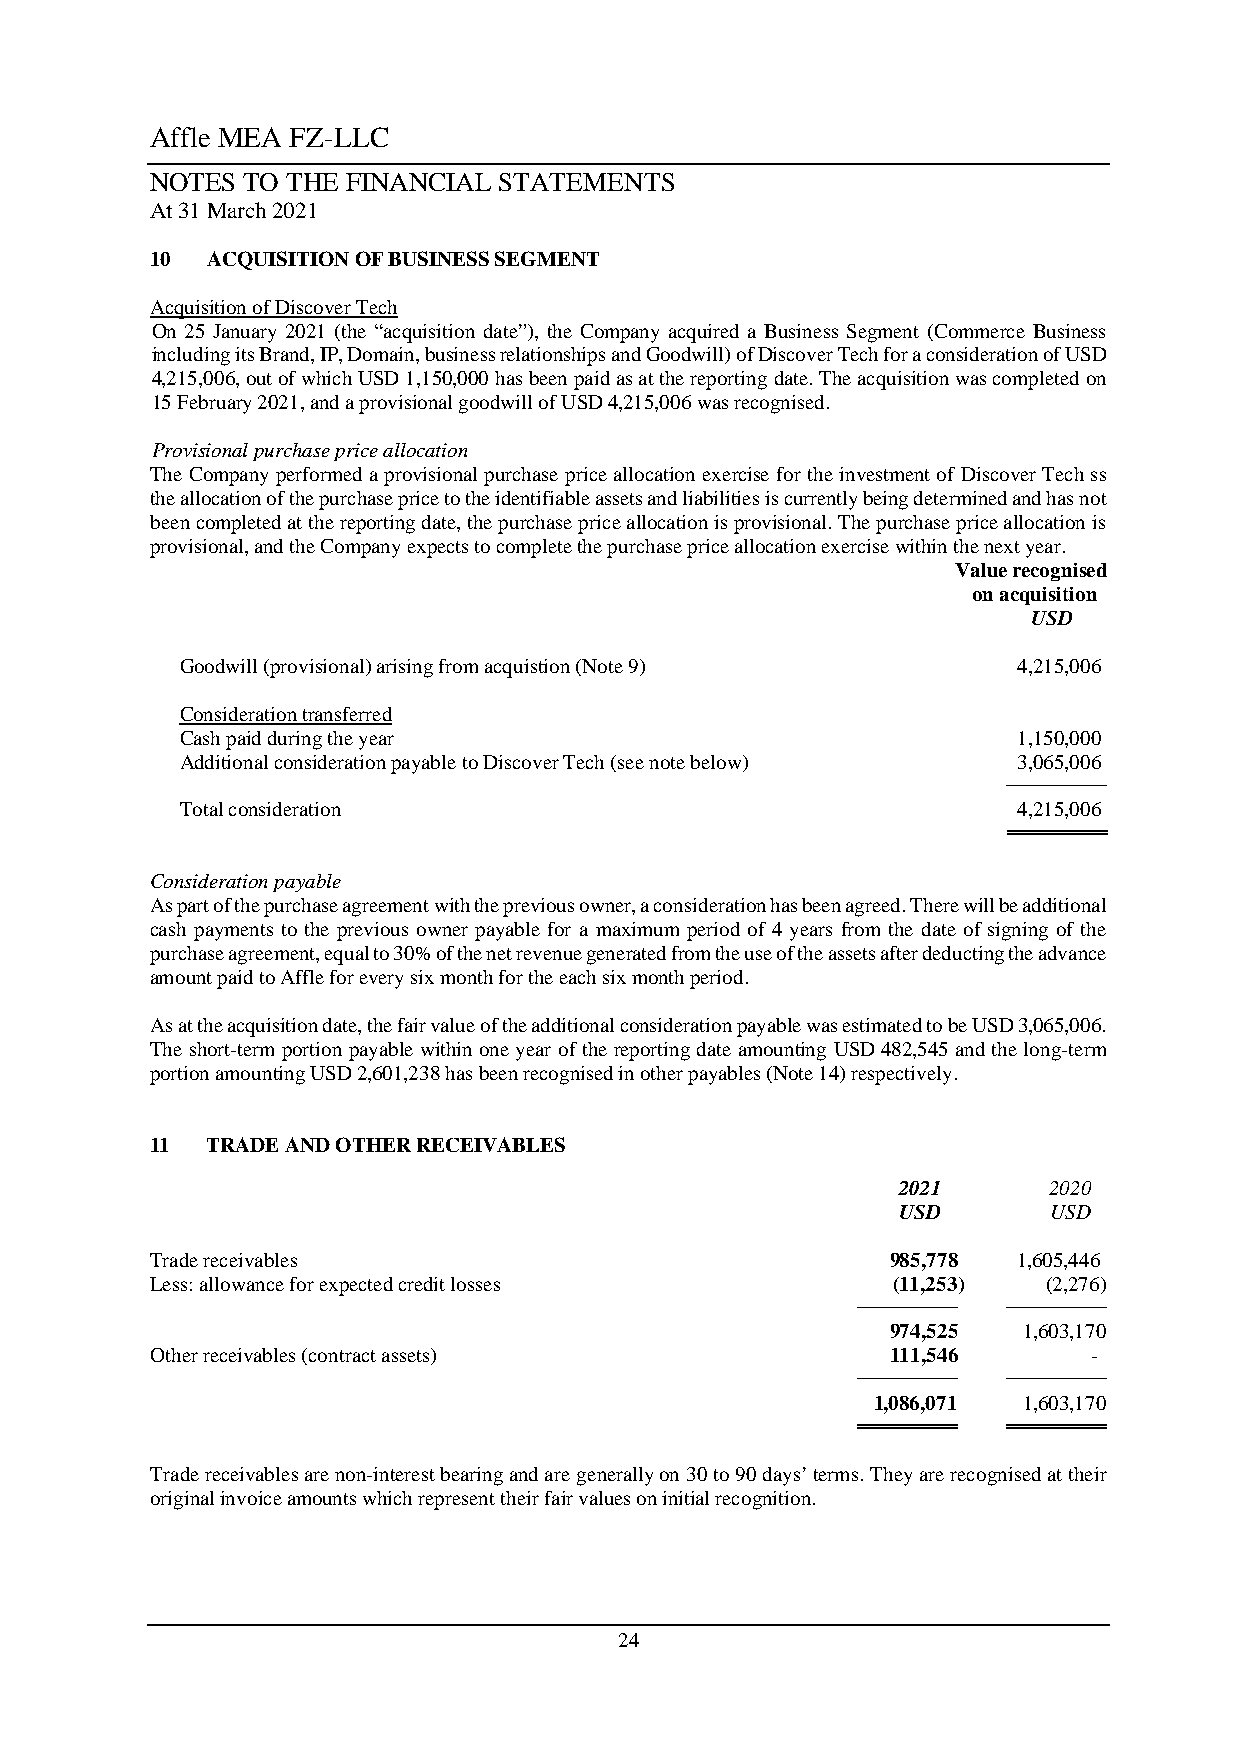
Affle MEA FZ-LLC
 NOTES TO THE FINANCIAL STATEMENTS
 At 31 March 2021
 10  ACQUISITION OF BUSINESS SEGMENT
 Acquisition of Discover Tech
 On 25 January 2021 (the “acquisition date”), the Company acquired a Business Segment (Commerce Business
 including its Brand, IP, Domain, business relationships and Goodwill) of Discover Tech for a consideration of USD
 4,215,006, out of which USD 1,150,000 has been paid as at the reporting date. The acquisition was completed on
 15 February 2021, and a provisional goodwill of USD 4,215,006 was recognised.
 Provisional purchase price allocation
 The Company performed a provisional purchase price allocation exercise for the investment of Discover Tech ss
 the allocation of the purchase price to the identifiable assets and liabilities is currently being determined and has not
 been completed at the reporting date, the purchase price allocation is provisional. The purchase price allocation is
 provisional, and the Company expects to complete the purchase price allocation exercise within the next year.
 Value recognised
 on acquisition
 USD
 Goodwill (provisional) arising from acquistion (Note 9) 4,215,006
 Consideration transferred
 Cash paid during the year                              1,150,000
 Additional consideration payable to Discover Tech (see note below) 3,065,006
 ────────
 Total consideration                                    4,215,006
 ════════
 Consideration payable
 As part of the purchase agreement with the previous owner, a consideration has been agreed. There will be additional
 cash payments to the previous owner payable for a maximum period of 4 years from the date of signing of the
 purchase agreement, equal to 30% of the net revenue generated from the use of the assets after deducting the advance
 amount paid to Affle for every six month for the each six month period.
 As at the acquisition date, the fair value of the additional consideration payable was estimated to be USD 3,065,006.
 The short-term portion payable within one year of the reporting date amounting USD 482,545 and the long-term
 portion amounting USD 2,601,238 has been recognised in other payables (Note 14) respectively.
 11  TRADE AND OTHER RECEIVABLES
 2021      2020
 USD       USD
 Trade receivables                                985,778 1,605,446
 Less: allowance for expected credit losses       (11,253)  (2,276)
 ────────  ────────
 974,525  1,603,170
 Other receivables (contract assets)              111,546      -
 ────────  ────────
 1,086,071 1,603,170
 ════════  ════════
 Trade receivables are non-interest bearing and are generally on 30 to 90 days’ terms. They are recognised at their
 original invoice amounts which represent their fair values on initial recognition.
 24